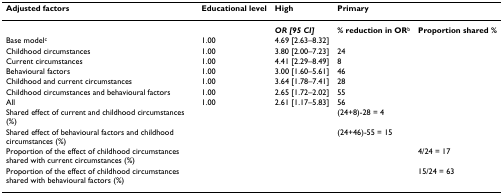
<table><thead><tr><td><b>Adjusted factors</b></td><td><b>Educational level</b></td><td><b>High</b></td><td><b>Primary</b></td><td></td></tr></thead><tbody><tr><td></td><td></td><td><b><i>OR [95 CI]</i></b></td><td><b>% reduction in OR</b><sup>b</sup></td><td><b>Proportion shared %</b></td></tr><tr><td>Base model<sup>c</sup></td><td>1.00</td><td>4.69 [2.63–8.32]</td><td></td><td></td></tr><tr><td>Childhood circumstances</td><td>1.00</td><td>3.80 [2.00–7.23]</td><td>24</td><td></td></tr><tr><td>Current circumstances</td><td>1.00</td><td>4.41 [2.29–8.49]</td><td>8</td><td></td></tr><tr><td>Behavioural factors</td><td>1.00</td><td>3.00 [1.60–5.61]</td><td>46</td><td></td></tr><tr><td>Childhood and current circumstances</td><td>1.00</td><td>3.64 [1.78–7.41]</td><td>28</td><td></td></tr><tr><td>Childhood circumstances and behavioural factors</td><td>1.00</td><td>2.65 [1.72–2.02]</td><td>55</td><td></td></tr><tr><td>All</td><td>1.00</td><td>2.61 [1.17–5.83]</td><td>56</td><td></td></tr><tr><td>Shared effect of current and childhood circumstances (%)</td><td></td><td></td><td>(24+8)-28 = 4</td><td></td></tr><tr><td>Shared effect of behavioural factors and childhood circumstances (%)</td><td></td><td></td><td>(24+46)-55 = 15</td><td></td></tr><tr><td>Proportion of the effect of childhood circumstances shared with current circumstances (%)</td><td></td><td></td><td></td><td>4/24 = 17</td></tr><tr><td>Proportion of the effect of childhood circumstances shared with behavioural factors (%)</td><td></td><td></td><td></td><td>15/24 = 63</td></tr></tbody></table>